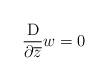
LaTeX: \begin{align*} \frac{\rm{D}}{\partial \overline{z}}w=0\end{align*}